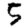
Digit: 5